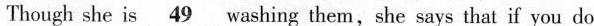
Though she is \underline{49} washing them,she says that if you do